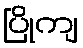
ပြိုကျ